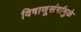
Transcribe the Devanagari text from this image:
विषाणूसंर्गामुळे